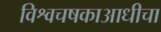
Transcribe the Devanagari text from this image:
विश्वचषकाआधीचा